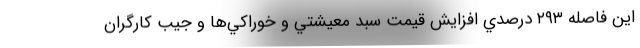
اين فاصله ۲۹۳ درصدي افزايش قيمت سبد معيشتي و خوراكي‌ها و جيب كارگران